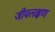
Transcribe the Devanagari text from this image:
जीवलक्षण